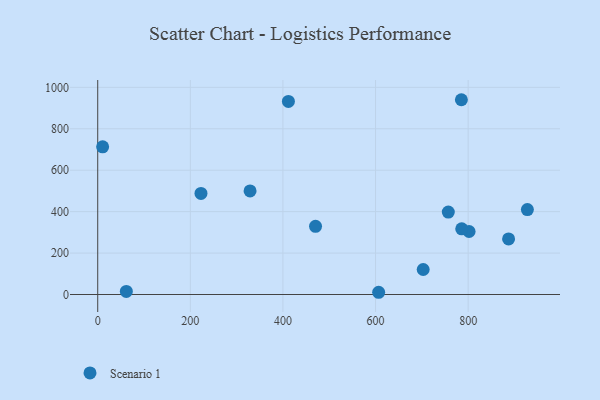
{"axis": {"x": "Price", "y": "Profit"}, "legend": ["Scenario 1"], "data": [{"x": "887.3", "y": 268.1, "type": "Scenario 1"}, {"x": "61.8", "y": 14.9, "type": "Scenario 1"}, {"x": "606.7", "y": 10.8, "type": "Scenario 1"}, {"x": "802.0", "y": 304.1, "type": "Scenario 1"}, {"x": "10.6", "y": 712.7, "type": "Scenario 1"}, {"x": "927.9", "y": 409.9, "type": "Scenario 1"}, {"x": "785.4", "y": 940.2, "type": "Scenario 1"}, {"x": "329.0", "y": 500.1, "type": "Scenario 1"}, {"x": "411.8", "y": 932.2, "type": "Scenario 1"}, {"x": "470.4", "y": 329.1, "type": "Scenario 1"}, {"x": "702.9", "y": 120.8, "type": "Scenario 1"}, {"x": "757.1", "y": 397.8, "type": "Scenario 1"}, {"x": "786.1", "y": 317.0, "type": "Scenario 1"}, {"x": "223.0", "y": 487.8, "type": "Scenario 1"}]}